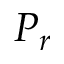
P _ { r }